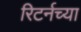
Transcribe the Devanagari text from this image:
रिटर्नच्या